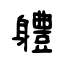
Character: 軆